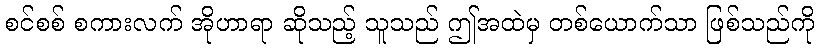
စင်စစ် စကားလက် အိုဟာရာ ဆိုသည့် သူသည် ဤအထဲမှ တစ်ယောက်သာ ဖြစ်သည်ကို